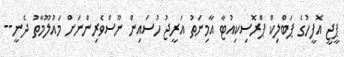
ޕީޖީ އޮފީހުގެ ޕަބްލިކް ޕްރޮސިކިއުޓާ އާމިނަތު އަރީޖު ހުސައިން ނޫސްވެރިންނަށް މައުލޫމާތު ދެނީ--